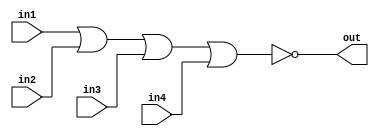
/*
    CS/ECE 552 Spring '22
    Homework #1, Problem 2

    4 input NOR
*/
module nor4 (out,in1,in2,in3,in4);
    output out;
    input  in1,in2,in3,in4;
    assign out = ~(in1 | in2 | in3 | in4);
endmodule